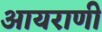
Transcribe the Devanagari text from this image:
आयराणी